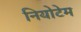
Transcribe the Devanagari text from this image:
नियोटेम